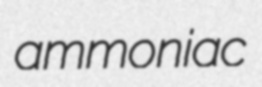
ammoniac